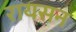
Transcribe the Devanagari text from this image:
रायसन